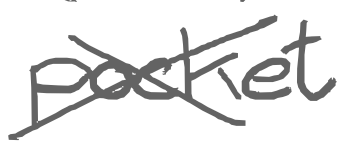
Text: pocket
Cross-out: cross
Writing tool: digital_gray